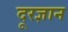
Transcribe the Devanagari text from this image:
दूरज्ञान